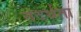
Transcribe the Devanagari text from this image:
तदर्थता